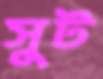
সুট